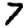
Digit: 7